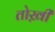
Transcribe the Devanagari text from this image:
तोख़ी